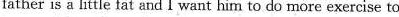
father is a little fat and I want him to do more exercise to